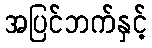
အပြင်ဘက်နှင့်